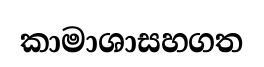
කාමාශාසහගත